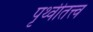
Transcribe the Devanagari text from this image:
पृथ्वीतत्त्व